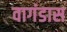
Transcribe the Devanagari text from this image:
वागंडास